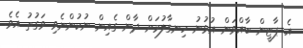
އެ ޕާޓީން ބާއްވަން އުުޅުނު ހިނގާލުމަށް ދާން ގެއިން ނުކުންނެވި ވަގުތު އެވެ.